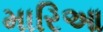
મારિઆ